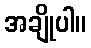
အချိုပါ။